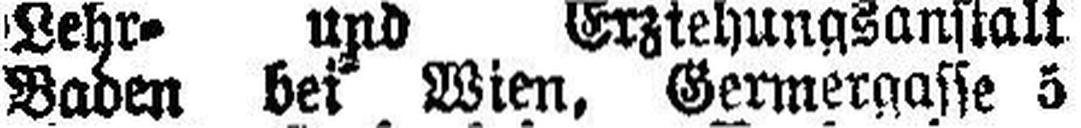
Baden bei Wien, Germergasse 5